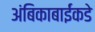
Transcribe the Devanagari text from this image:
अंबिकाबाईंकडे